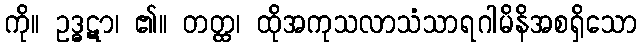
ကို။ ဥဒ္ဓဋာ၊ ၏။ တတ္ထ၊ ထိုအကုသလာသံသာရဂါမိနိအစရှိသော